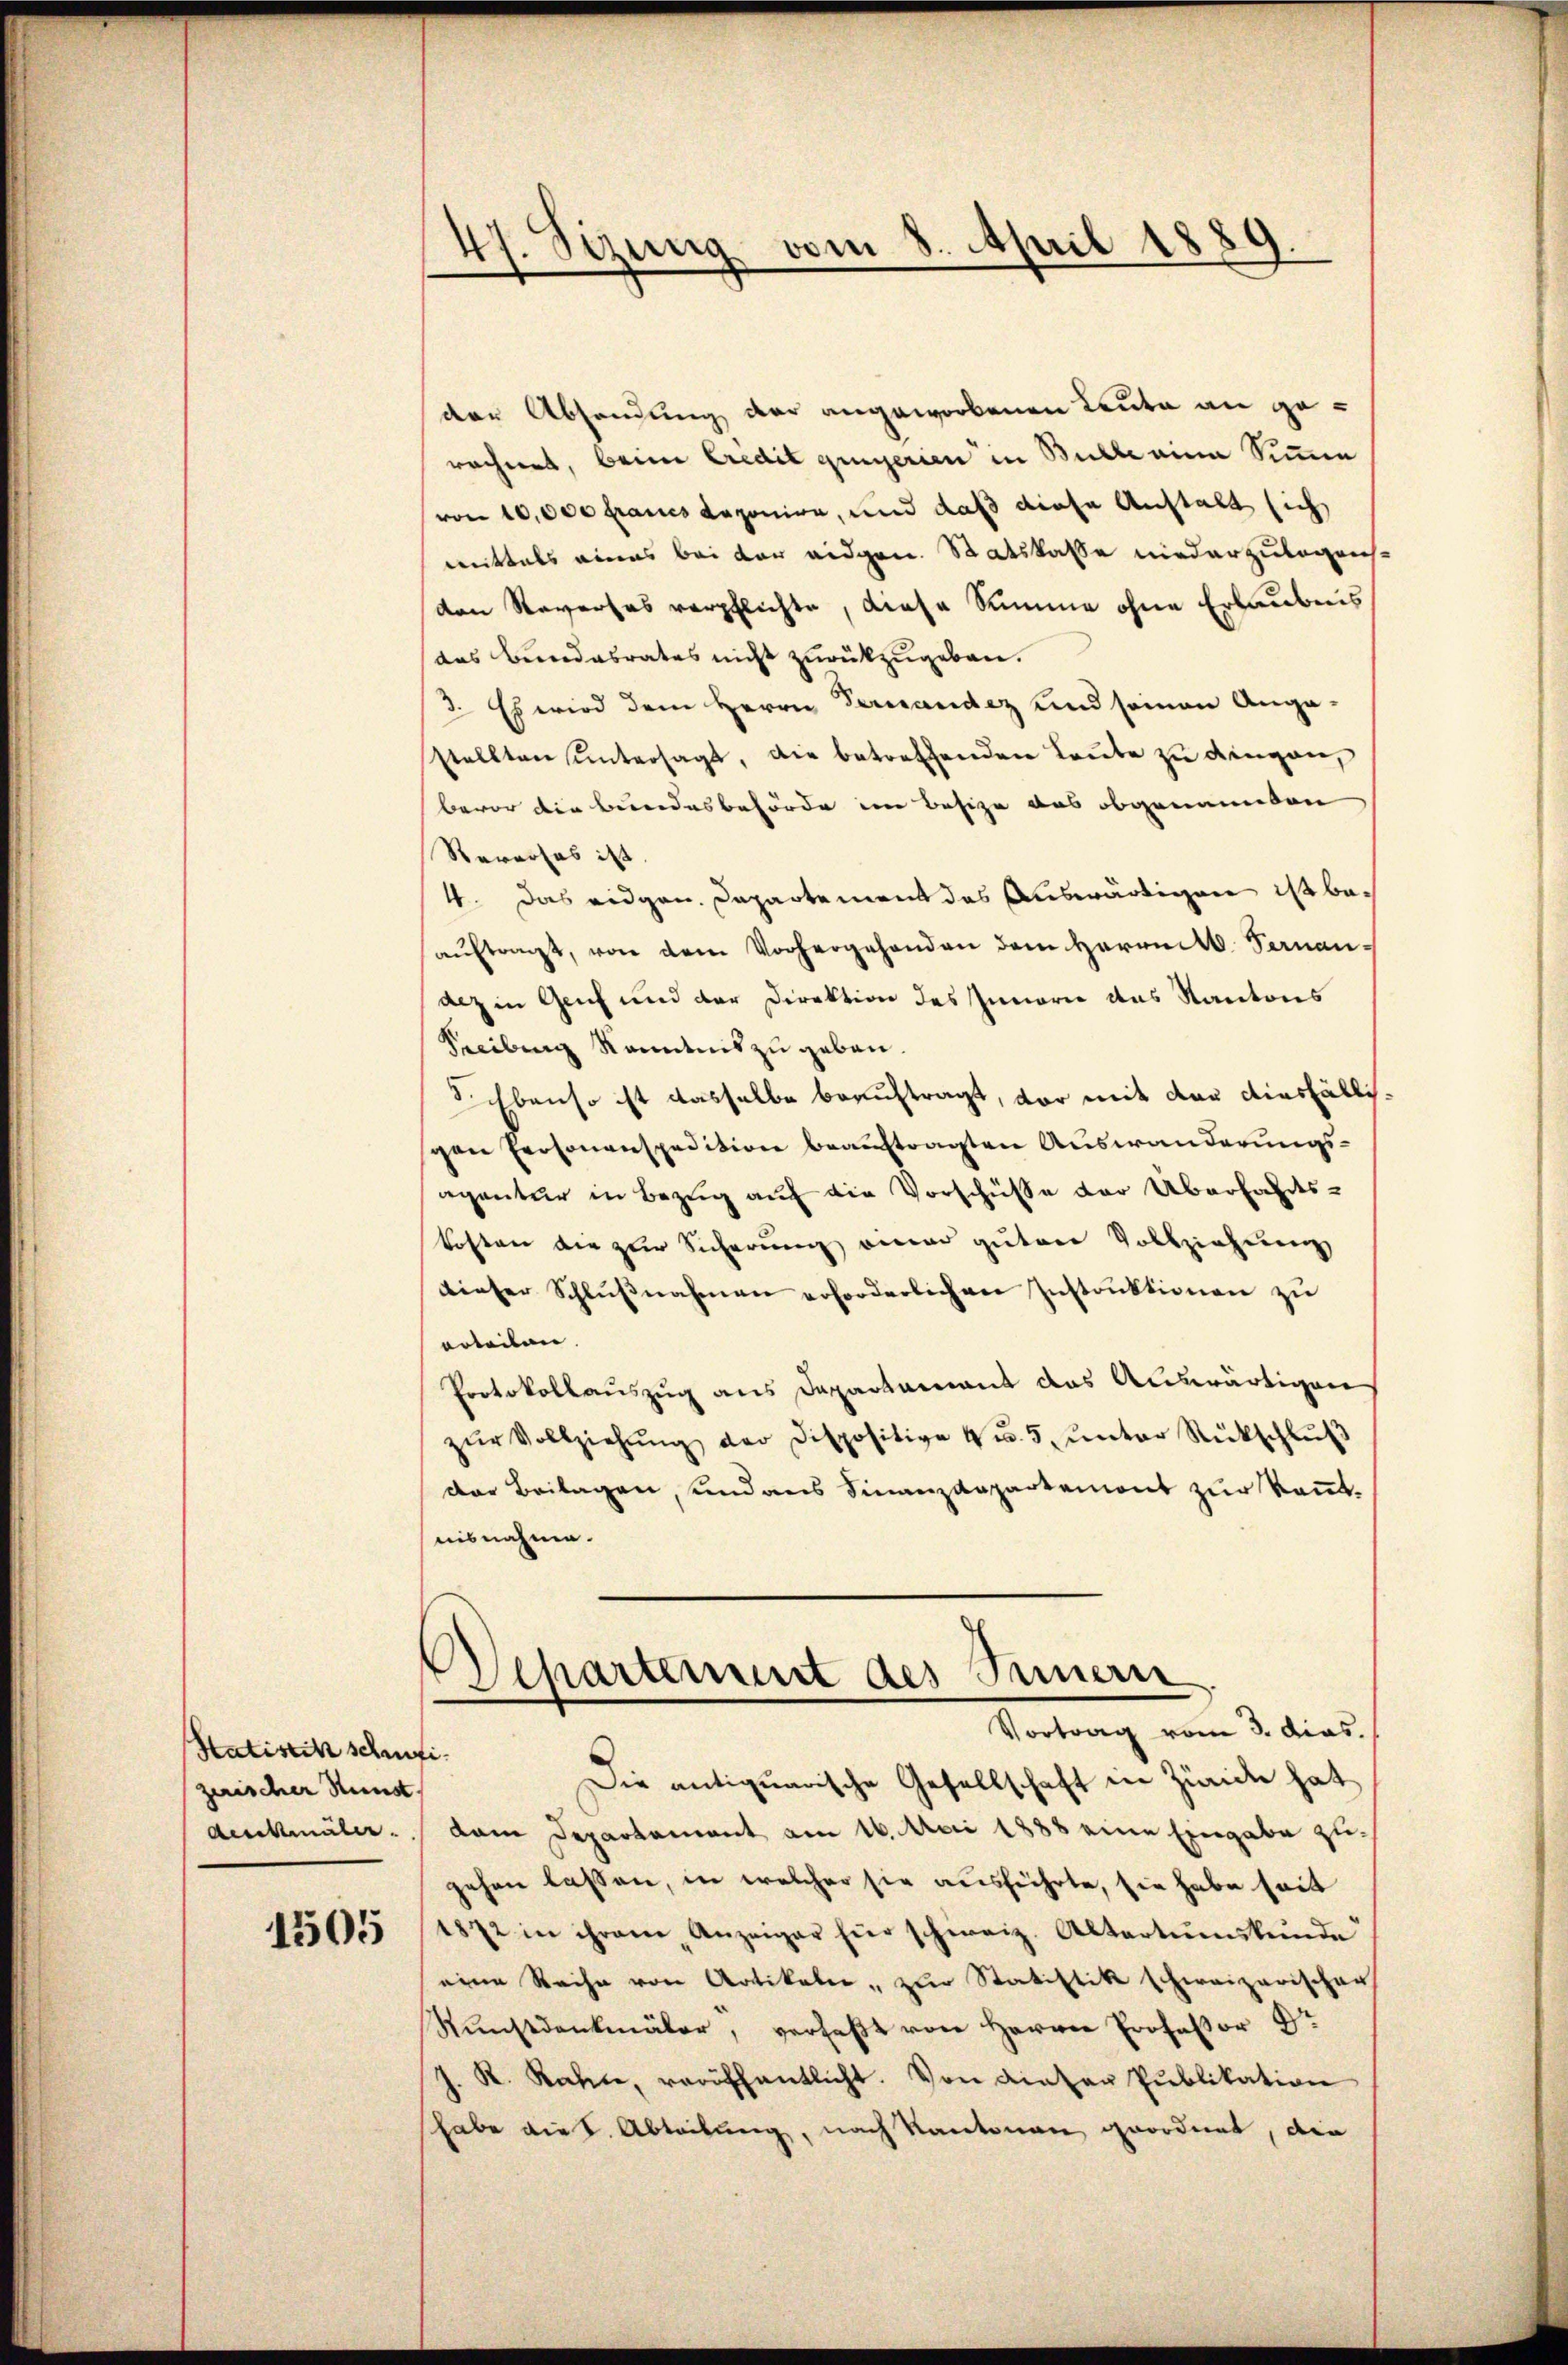
Satistik schufi
zerischer Sunst.
denkmäler.

1505

47. Sizung vom 8. April 1889.

der Absendung der angeworbenen Leute an gerechnet, beim Credit gingerien in Bulle eine Simen
von 10,000 Fraues deponire, und daß diese Anstalt sich
mittels eines bei der eidgen. Statskasse niederzulegensden Reverses verpflichte, diese Summe ohne Erlaubens
das Bundesrates nicht zurückzugeben.
3. Es wird dem Herrn Verwandez und seinen Angastellten ŭntersagt, die betreffenden Leŭte zŭ dingen,
bevor die Bundesbehörde im Besize das obgenannten
Rararfes ist.
4. Das eidgen. Departement das Auswärtigen ist beaŭftragt, von dem Vorhergehenden dem Herrn Sananalz in Genf und der Direktion des Innern das Kantons
Seeilung Kenntnis zu geben.
Sichbenso ist dasselbe beauftragt, vor mit der diesfällisgen Personenspedition beauftragten Auswanderungsagantur in Bezug auf die Vorschüße der Überfahrts-
kosten die zur Sicherung an guten Vollziehung
dieser Schlŭβnahmen erforderlichen Instruktionen zu
arteilen. |
Protokollauszug aus Departement das Auswärtigen
zŭr Vollziehŭng der Dispositive 4 u. 5. ŭnter Rückschlŭβ
der Beilagen, und aus Finanzdepartemont zur Kenntnisnahme.
Separtement des Innern
Vortrag vom 3. dies.
Die antiquarische Gesellschaft in Zürich hat
dam Departament am 16. Mai 1888 eine Eingabe zugehen lassen, in welcher sie ausführte, sie habe seit
1872 in ihrem Anzeiger für schweiz. Altertumskŭnde
eine Reihe von Artikale - zur Statistik schweizerischer
Sunstdenkmäler, verfaßt von Herrn Professor Dr
J. R. Rahne, veröffentlicht. Von Liater Publikation
habe die k. Abtribung, nach Kantonen geordnet, die